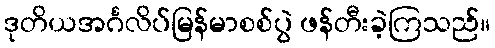
ဒုတိယအင်္ဂလိပ်မြန်မာစစ်ပွဲ ဖန်တီးခဲ့ကြသည်။